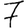
Digit: 7